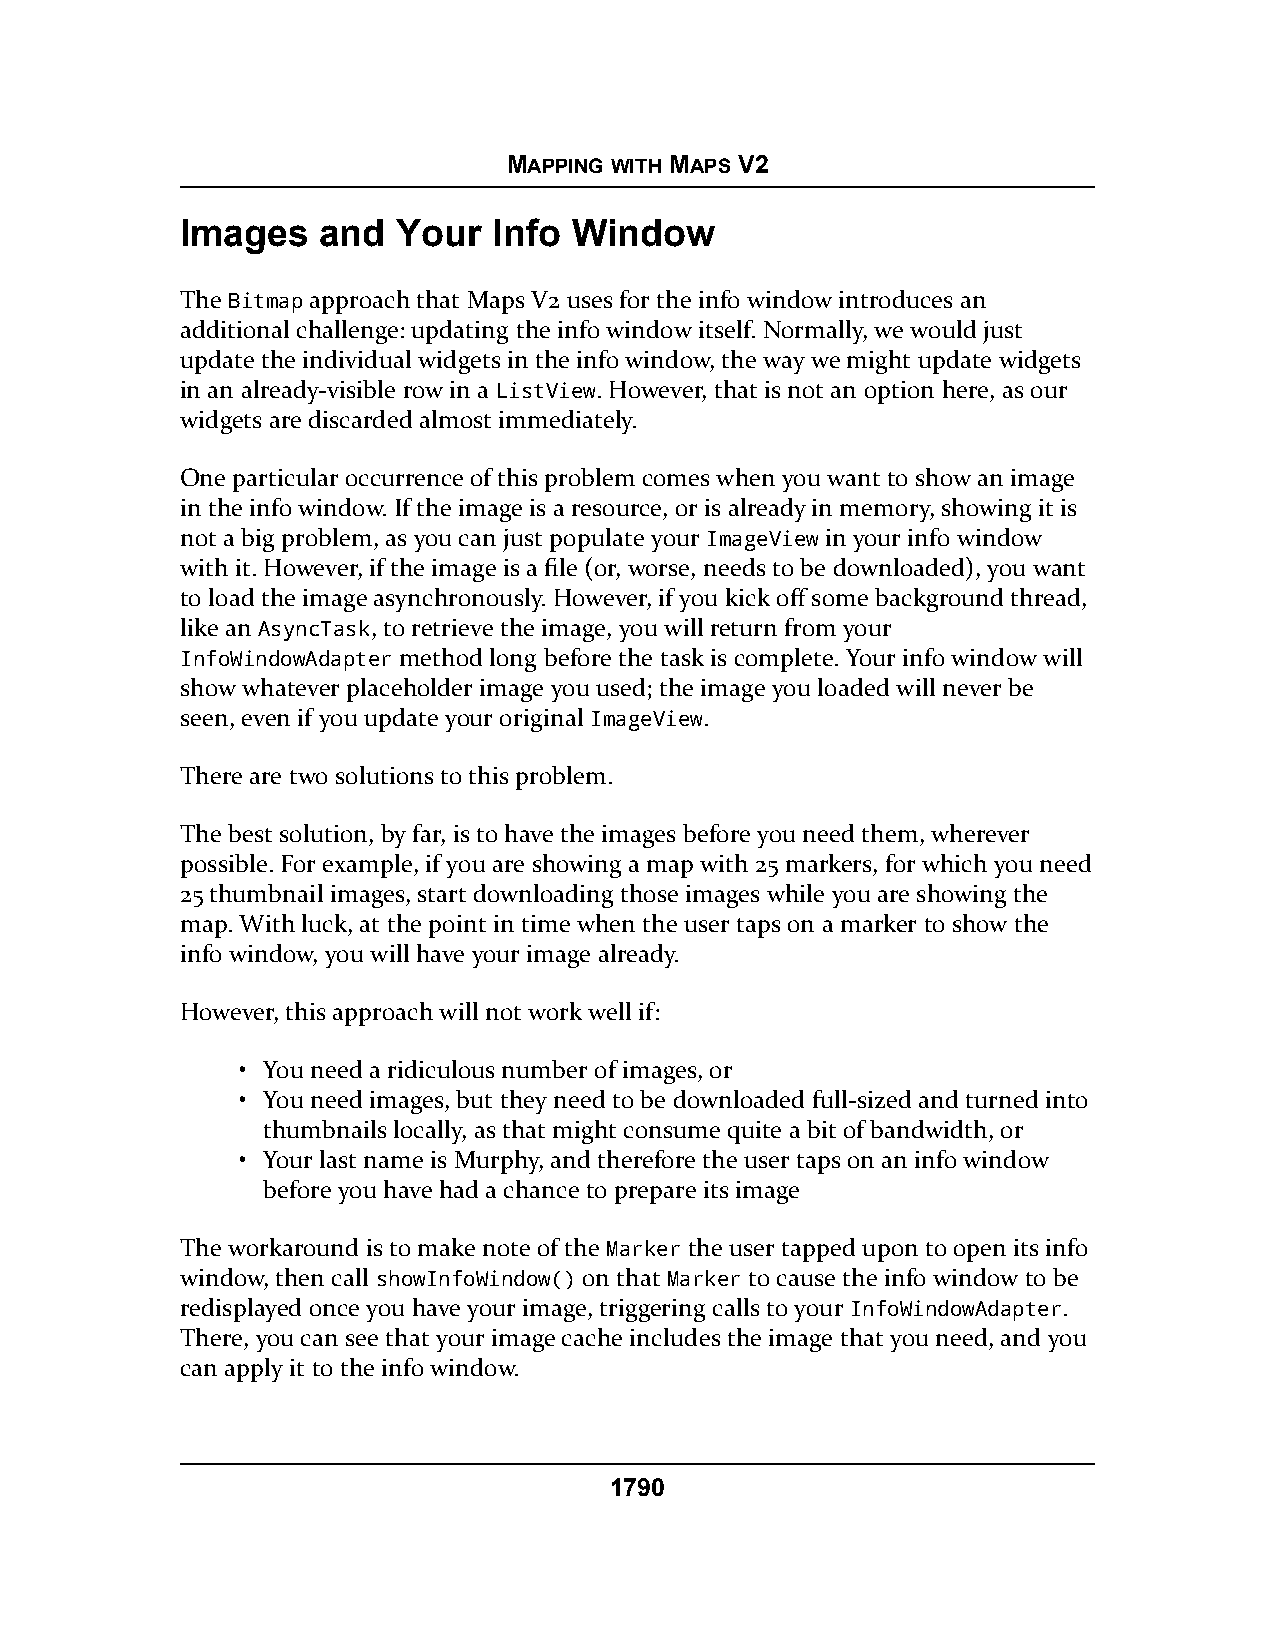
MAPPING WITH MAPS V2
 Images   and  Your   Info Window
 The Bitmap approach that Maps V2 uses for the info window introduces an
 additional challenge: updating the info window itself. Normally, we would just
 update the individual widgets in the info window, the way we might update widgets
 in an already-visible row in a ListView. However, that is not an option here, as our
 widgets are discarded almost immediately.
 One particular occurrence of this problem comes when you want to show an image
 in the info window. If the image is a resource, or is already in memory, showing it is
 not a big problem, as you can just populate your ImageView in your info window
 with it. However, if the image is a file (or, worse, needs to be downloaded), you want
 to load the image asynchronously. However, if you kick off some background thread,
 like an AsyncTask, to retrieve the image, you will return from your
 InfoWindowAdapter method long before the task is complete. Your info window will
 show whatever placeholder image you used; the image you loaded will never be
 seen, even if you update your original ImageView.
 There are two solutions to this problem.
 The best solution, by far, is to have the images before you need them, wherever
 possible. For example, if you are showing a map with 25 markers, for which you need
 25 thumbnail images, start downloading those images while you are showing the
 map. With luck, at the point in time when the user taps on a marker to show the
 info window, you will have your image already.
 However, this approach will not work well if:
 • You need a ridiculous number of images, or
 • You need images, but they need to be downloaded full-sized and turned into
 thumbnails locally, as that might consume quite a bit of bandwidth, or
 • Your last name is Murphy, and therefore the user taps on an info window
 before you have had a chance to prepare its image
 The workaround is to make note of the Marker the user tapped upon to open its info
 window, then call showInfoWindow() on that Marker to cause the info window to be
 redisplayed once you have your image, triggering calls to your InfoWindowAdapter.
 There, you can see that your image cache includes the image that you need, and you
 can apply it to the info window.
 1790